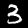
Label: 3